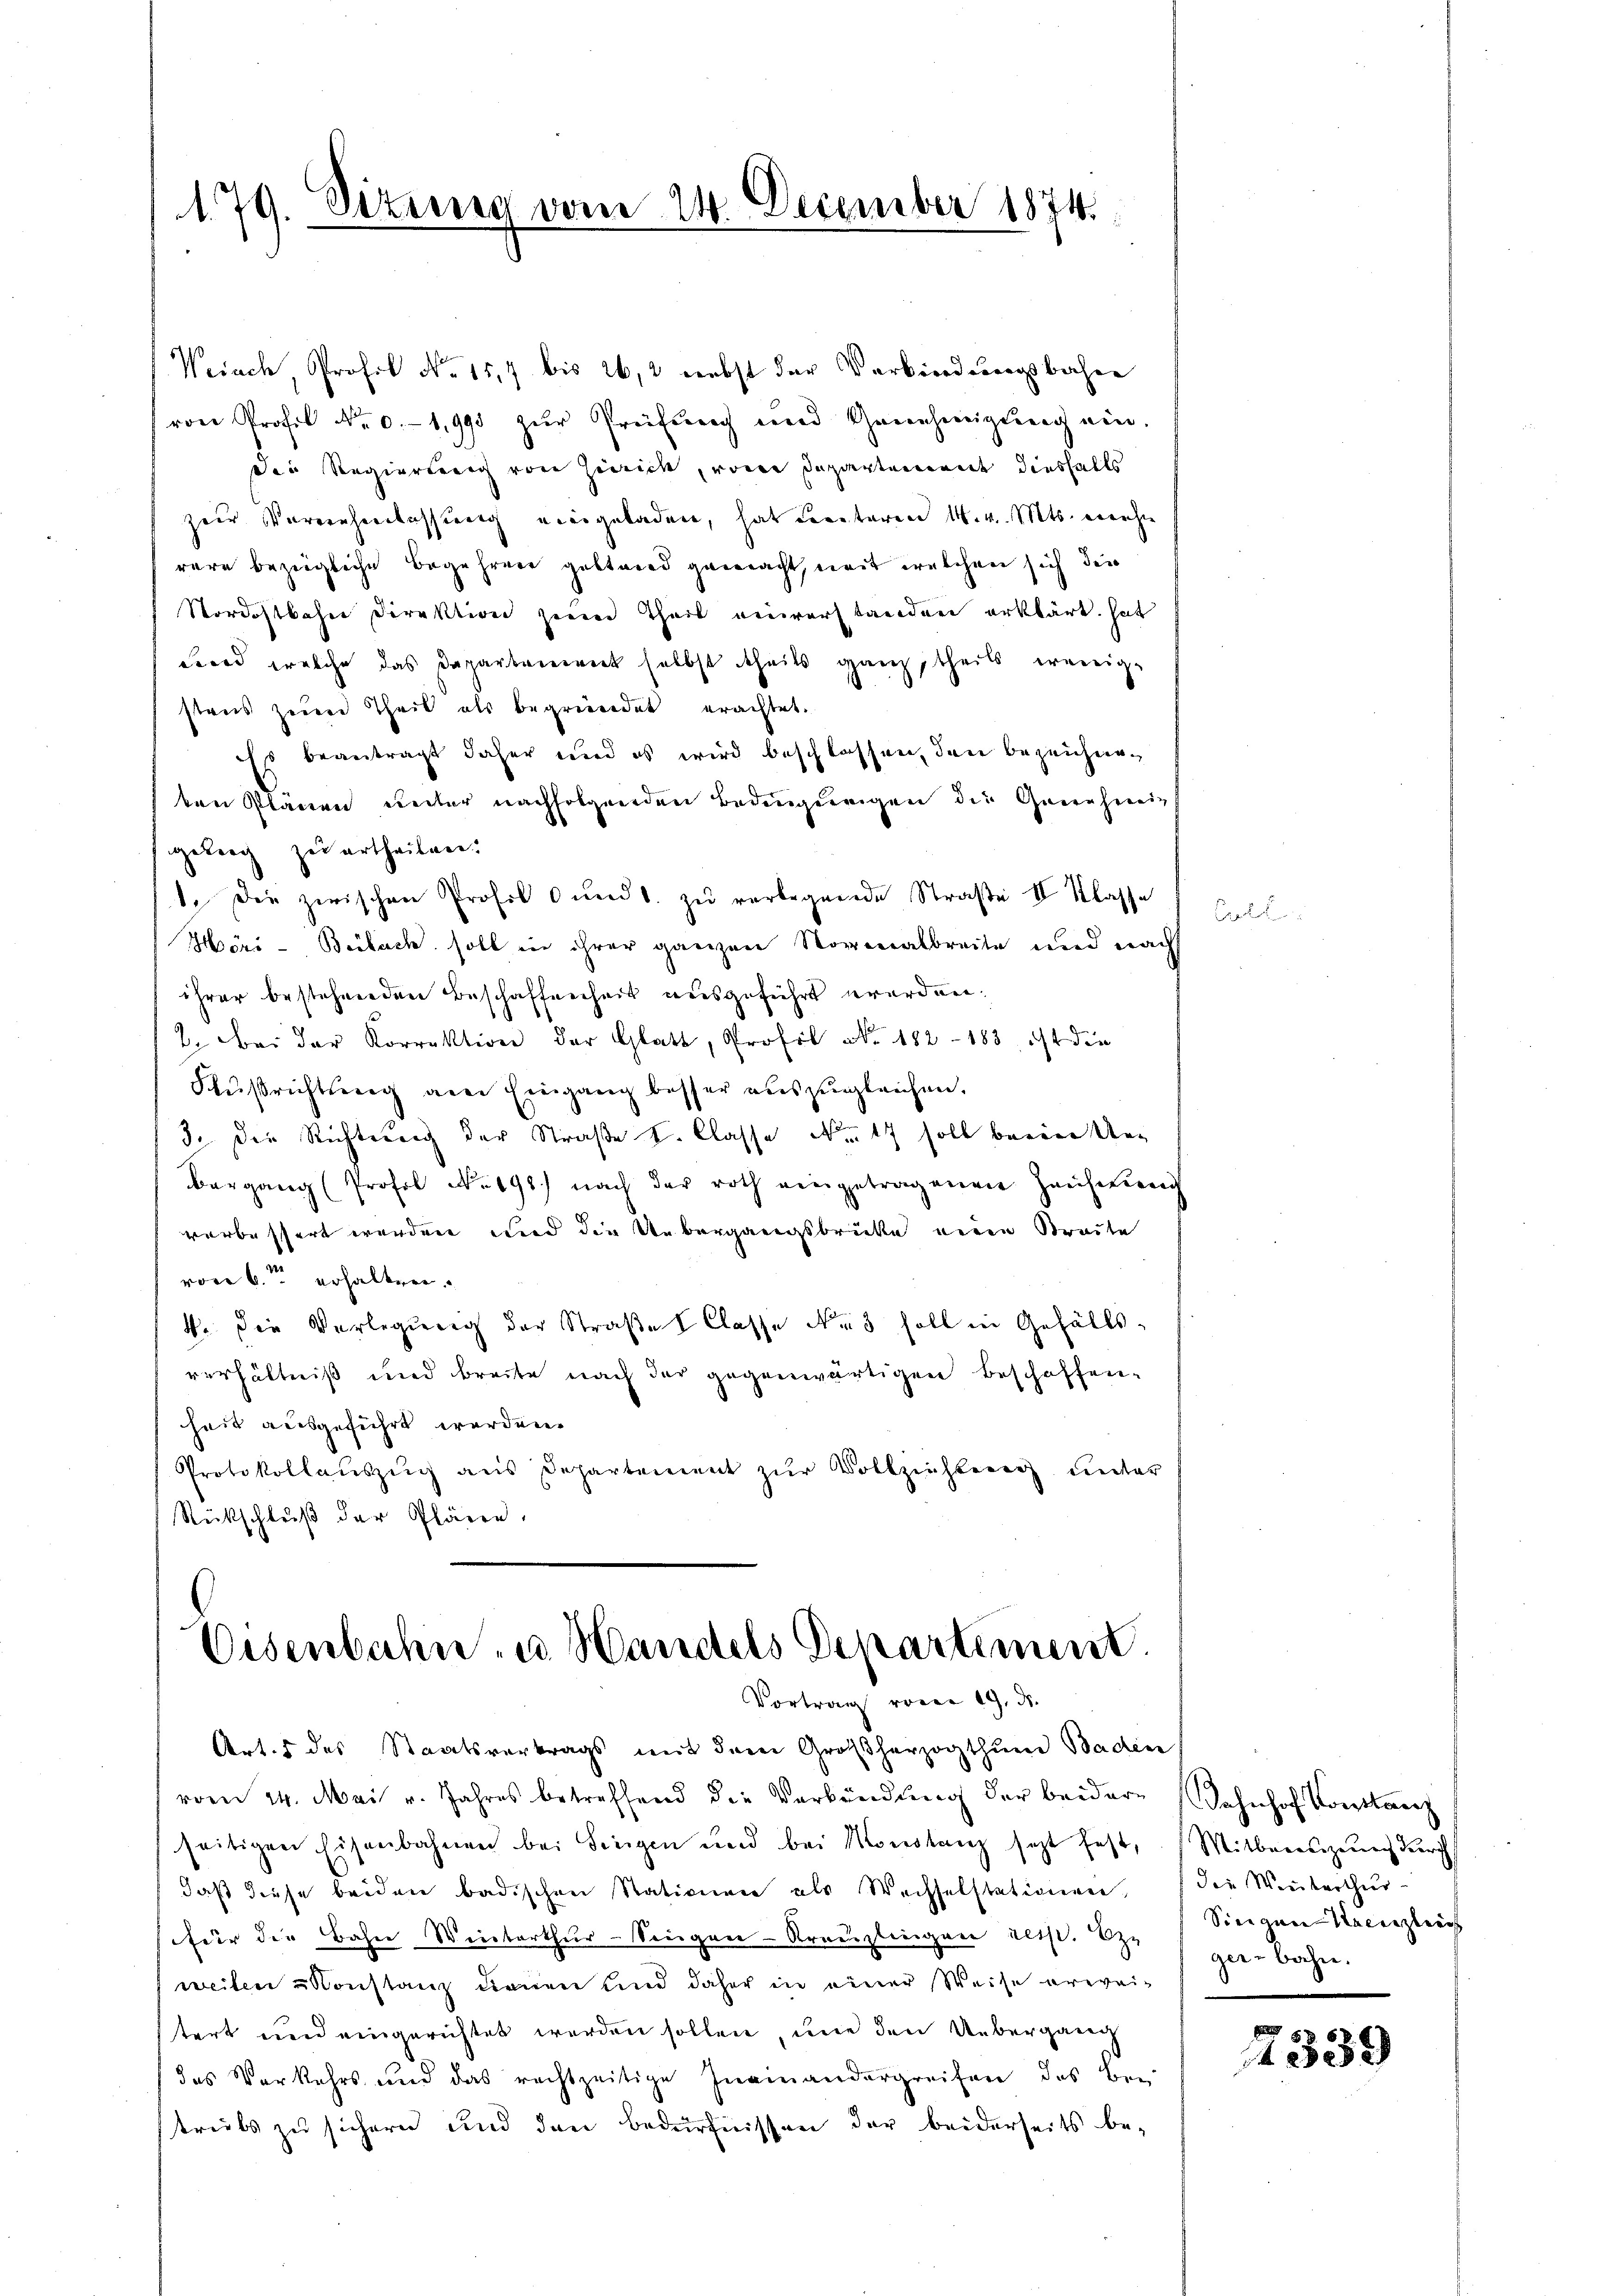
179. Sizung vom 24. December 1874.

Weiach, Prof. No. 157 bis 26, 2 nebst der Verbindungsbahre
von Profil No 0.-1,993 zur Preifung und Genehmigung ein.
den Regierung von Zürich, von Departemende diesfalls
zur Vorverheerlassung unergeladen, hat Leutaren M. v. Mts. machte
räre bezügliche Begehren gestand gemacht, weit welchen sich den
Nordostbahn Direktion zum Theil einverstanden erklärt hat
Fond welche das Dapartement selbst theils ganz, theils wenige
staus zerren Theil als begründet erachtet.
Es beantragt daher und es wird beschlossen, den bezeichneten Plänen unter nachfolgenden Bedingungen die Genehmig
geberg zu urtheilen.
1. Die zwischen Profil 0ŭndt. zŭ verbegende Straße II Klasse
Höri - Beibach soll in ihrer ganzen Novenabreite und nach
ihrer bestehenden Beschaffnenheit ausgeführt werden.
2. Bei der Korrektion der Glatt, Profil NNo. 182 - 183, ist die
Flußrichtsweg an Eingang besser auszugleichen.
3. Die Richtung der Straße I. Classe No. 17 soll beeine Unbergang (Profes No. 198.) nach der roth eingetragenen Zeichnung
verbessert werden und die Uebergangsbrücke einen Streite
von 6. erhalten.
4. Die Verlegung der Straße Classe No 3 soll in Gefällsverhältniß und breite nach der gegenwärtigen Beschaffen-
heit ausgeführt werden.
Protokollaŭszŭg aŭs Departement zŭr Vollziehberg unter
Rückschluß der Plären.

Eisenbahn- u. Handels Departiment.
Vortrag vom 19. ds.

Artes des Staatsvertrags mit dem Großherzogthum Baden
vom 24. Mai v. Jahres betreffend die Verbindŭng der beidere Bahnhof Konstanz
seitigen Eisenbahnen bei Singen und bei Monstanz sezt fest, (Mitberenzung durch
daß diese beiden badischen Stationen als Wechselstationen,
(für die Bahn Winterthur–Singen-Kreuzlingen reis. Er
weiten Konstanz dienen und daher in einer Weise erweitert nun eingerichtet werden sollen, une den Uebergang
das Vorkehrs und das rechtzeitige Ineinandergreifen, das Bei
treits zu sichern und den bedürfnissen der beiderseits be-

Certi

die Winterthur
Singen Krenzlich
gerbahn.

2339